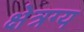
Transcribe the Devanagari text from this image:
क्षेत्रग्य